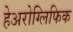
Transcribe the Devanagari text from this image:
हेअरोग्लिफिक